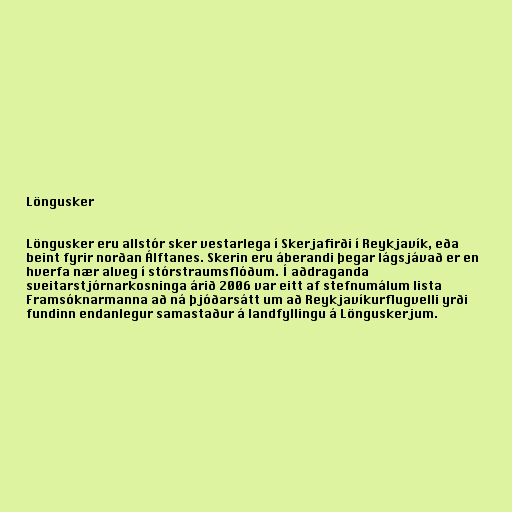
Löngusker

Löngusker eru allstór sker vestarlega í Skerjafirði í Reykjavík, eða
beint fyrir norðan Álftanes. Skerin eru áberandi þegar lágsjávað er en
hverfa nær alveg í stórstraumsflóðum. Í aðdraganda
sveitarstjórnarkosninga árið 2006 var eitt af stefnumálum lista
Framsóknarmanna að ná þjóðarsátt um að Reykjavíkurflugvelli yrði
fundinn endanlegur samastaður á landfyllingu á Lönguskerjum.